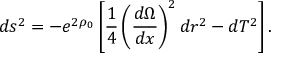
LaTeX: d s ^ { 2 } = - e ^ { 2 \rho _ { 0 } } \left[ \frac { 1 } { 4 } \left( \frac { d \Omega } { d x } \right) ^ { 2 } d r ^ { 2 } - d T ^ { 2 } \right] .